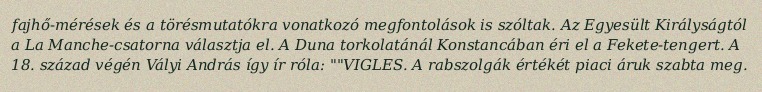
fajhő-mérések és a törésmutatókra vonatkozó megfontolások is szóltak. Az Egyesült Királyságtól a La Manche-csatorna választja el. A Duna torkolatánál Konstancában éri el a Fekete-tengert. A 18. század végén Vályi András így ír róla: ""VIGLES. A rabszolgák értékét piaci áruk szabta meg.